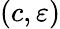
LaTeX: (c,\varepsilon)